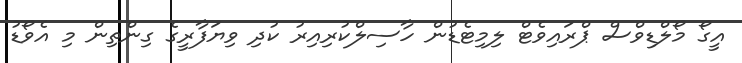
އީގޯ މޯލްޑިވްސް ޕްރައިވެޓް ލިމިޓެޑުން ހާސިލްކުރިއިރު ކުދި ވިޔަފާރީގެ ގިންތިން މި އެވޯޑު